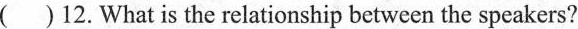
( )12. What is the relationship between the speakers?